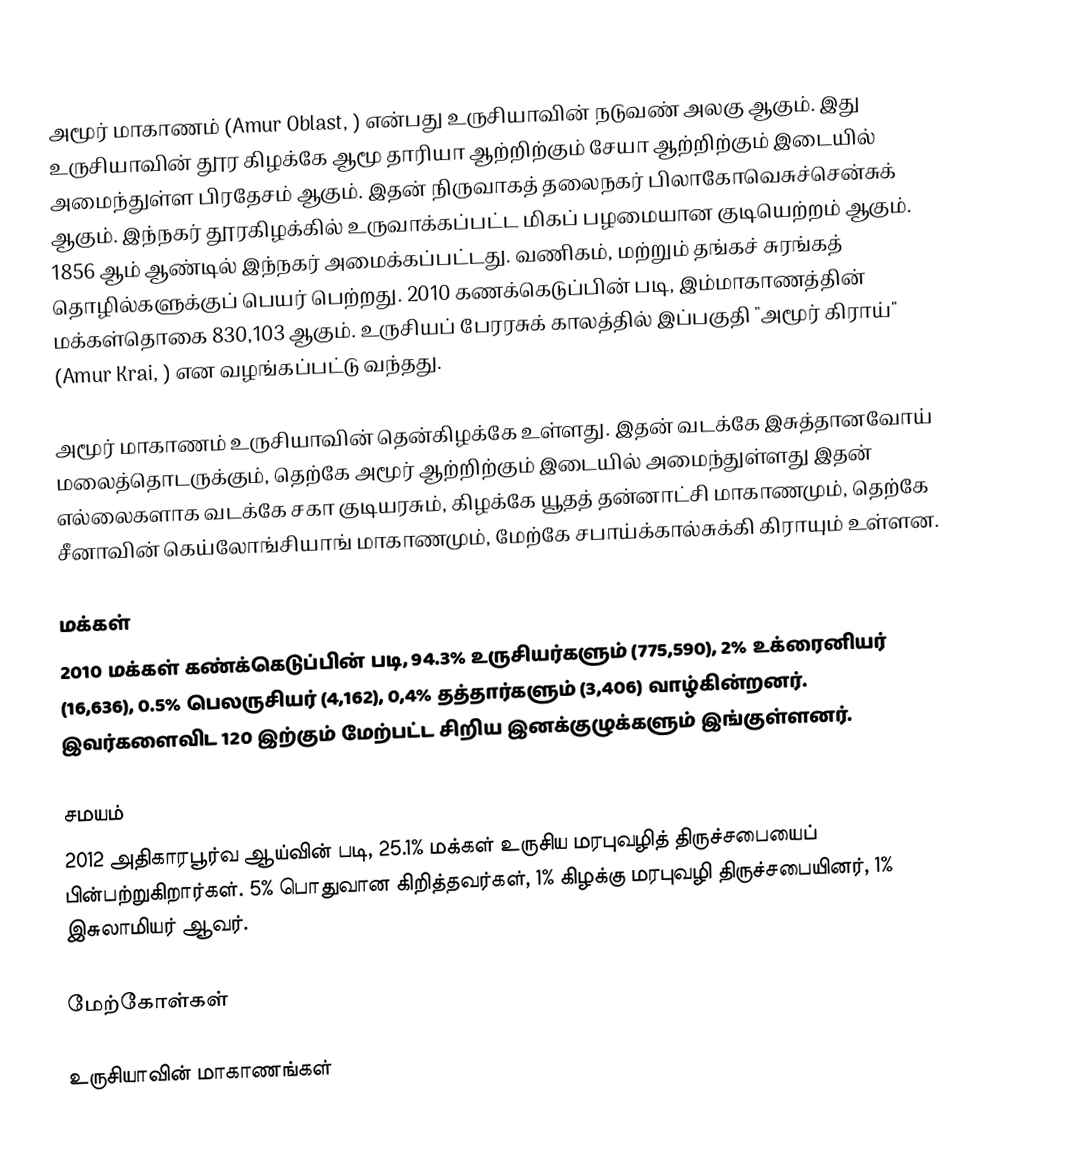
அமூர் மாகாணம் (Amur Oblast, ) என்பது உருசியாவின் நடுவண் அலகு ஆகும். இது உருசியாவின் தூர கிழக்கே ஆமூ தாரியா ஆற்றிற்கும் சேயா ஆற்றிற்கும் இடையில் அமைந்துள்ள பிரதேசம் ஆகும். இதன் நிருவாகத் தலைநகர் பிலாகோவெசுச்சென்சுக் ஆகும். இந்நகர் தூரகிழக்கில் உருவாக்கப்பட்ட மிகப் பழமையான குடியெற்றம் ஆகும். 1856 ஆம் ஆண்டில் இந்நகர் அமைக்கப்பட்டது. வணிகம், மற்றும் தங்கச் சுரங்கத் தொழில்களுக்குப் பெயர் பெற்றது. 2010 கணக்கெடுப்பின் படி, இம்மாகாணத்தின் மக்கள்தொகை  830,103 ஆகும். உருசியப் பேரரசுக் காலத்தில் இப்பகுதி "அமூர் கிராய்" (Amur Krai, ) என வழங்கப்பட்டு வந்தது.

அமூர் மாகாணம் உருசியாவின் தென்கிழக்கே உள்ளது. இதன் வடக்கே இசுத்தானவோய் மலைத்தொடருக்கும், தெற்கே அமூர் ஆற்றிற்கும் இடையில் அமைந்துள்ளது இதன் எல்லைகளாக வடக்கே சகா குடியரசும், கிழக்கே யூதத் தன்னாட்சி மாகாணமும், தெற்கே சீனாவின் கெய்லோங்சியாங் மாகாணமும், மேற்கே சபாய்க்கால்சுக்கி கிராயும் உள்ளன.

மக்கள்
2010 மக்கள் கண்க்கெடுப்பின் படி, 94.3% உருசியர்களும் (775,590), 2% உக்ரைனியர் (16,636), 0.5% பெலருசியர் (4,162), 0,4% தத்தார்களும் (3,406) வாழ்கின்றனர். இவர்களைவிட 120 இற்கும் மேற்பட்ட சிறிய இனக்குழுக்களும் இங்குள்ளனர்.

சமயம்
2012 அதிகாரபூர்வ ஆய்வின் படி, 25.1% மக்கள் உருசிய மரபுவழித் திருச்சபையைப் பின்பற்றுகிறார்கள். 5% பொதுவான கிறித்தவர்கள், 1% கிழக்கு மரபுவழி திருச்சபையினர், 1% இசுலாமியர் ஆவர்.

மேற்கோள்கள்

உருசியாவின் மாகாணங்கள்